Tartu_pedagoogiumi_aruanded, lk 5
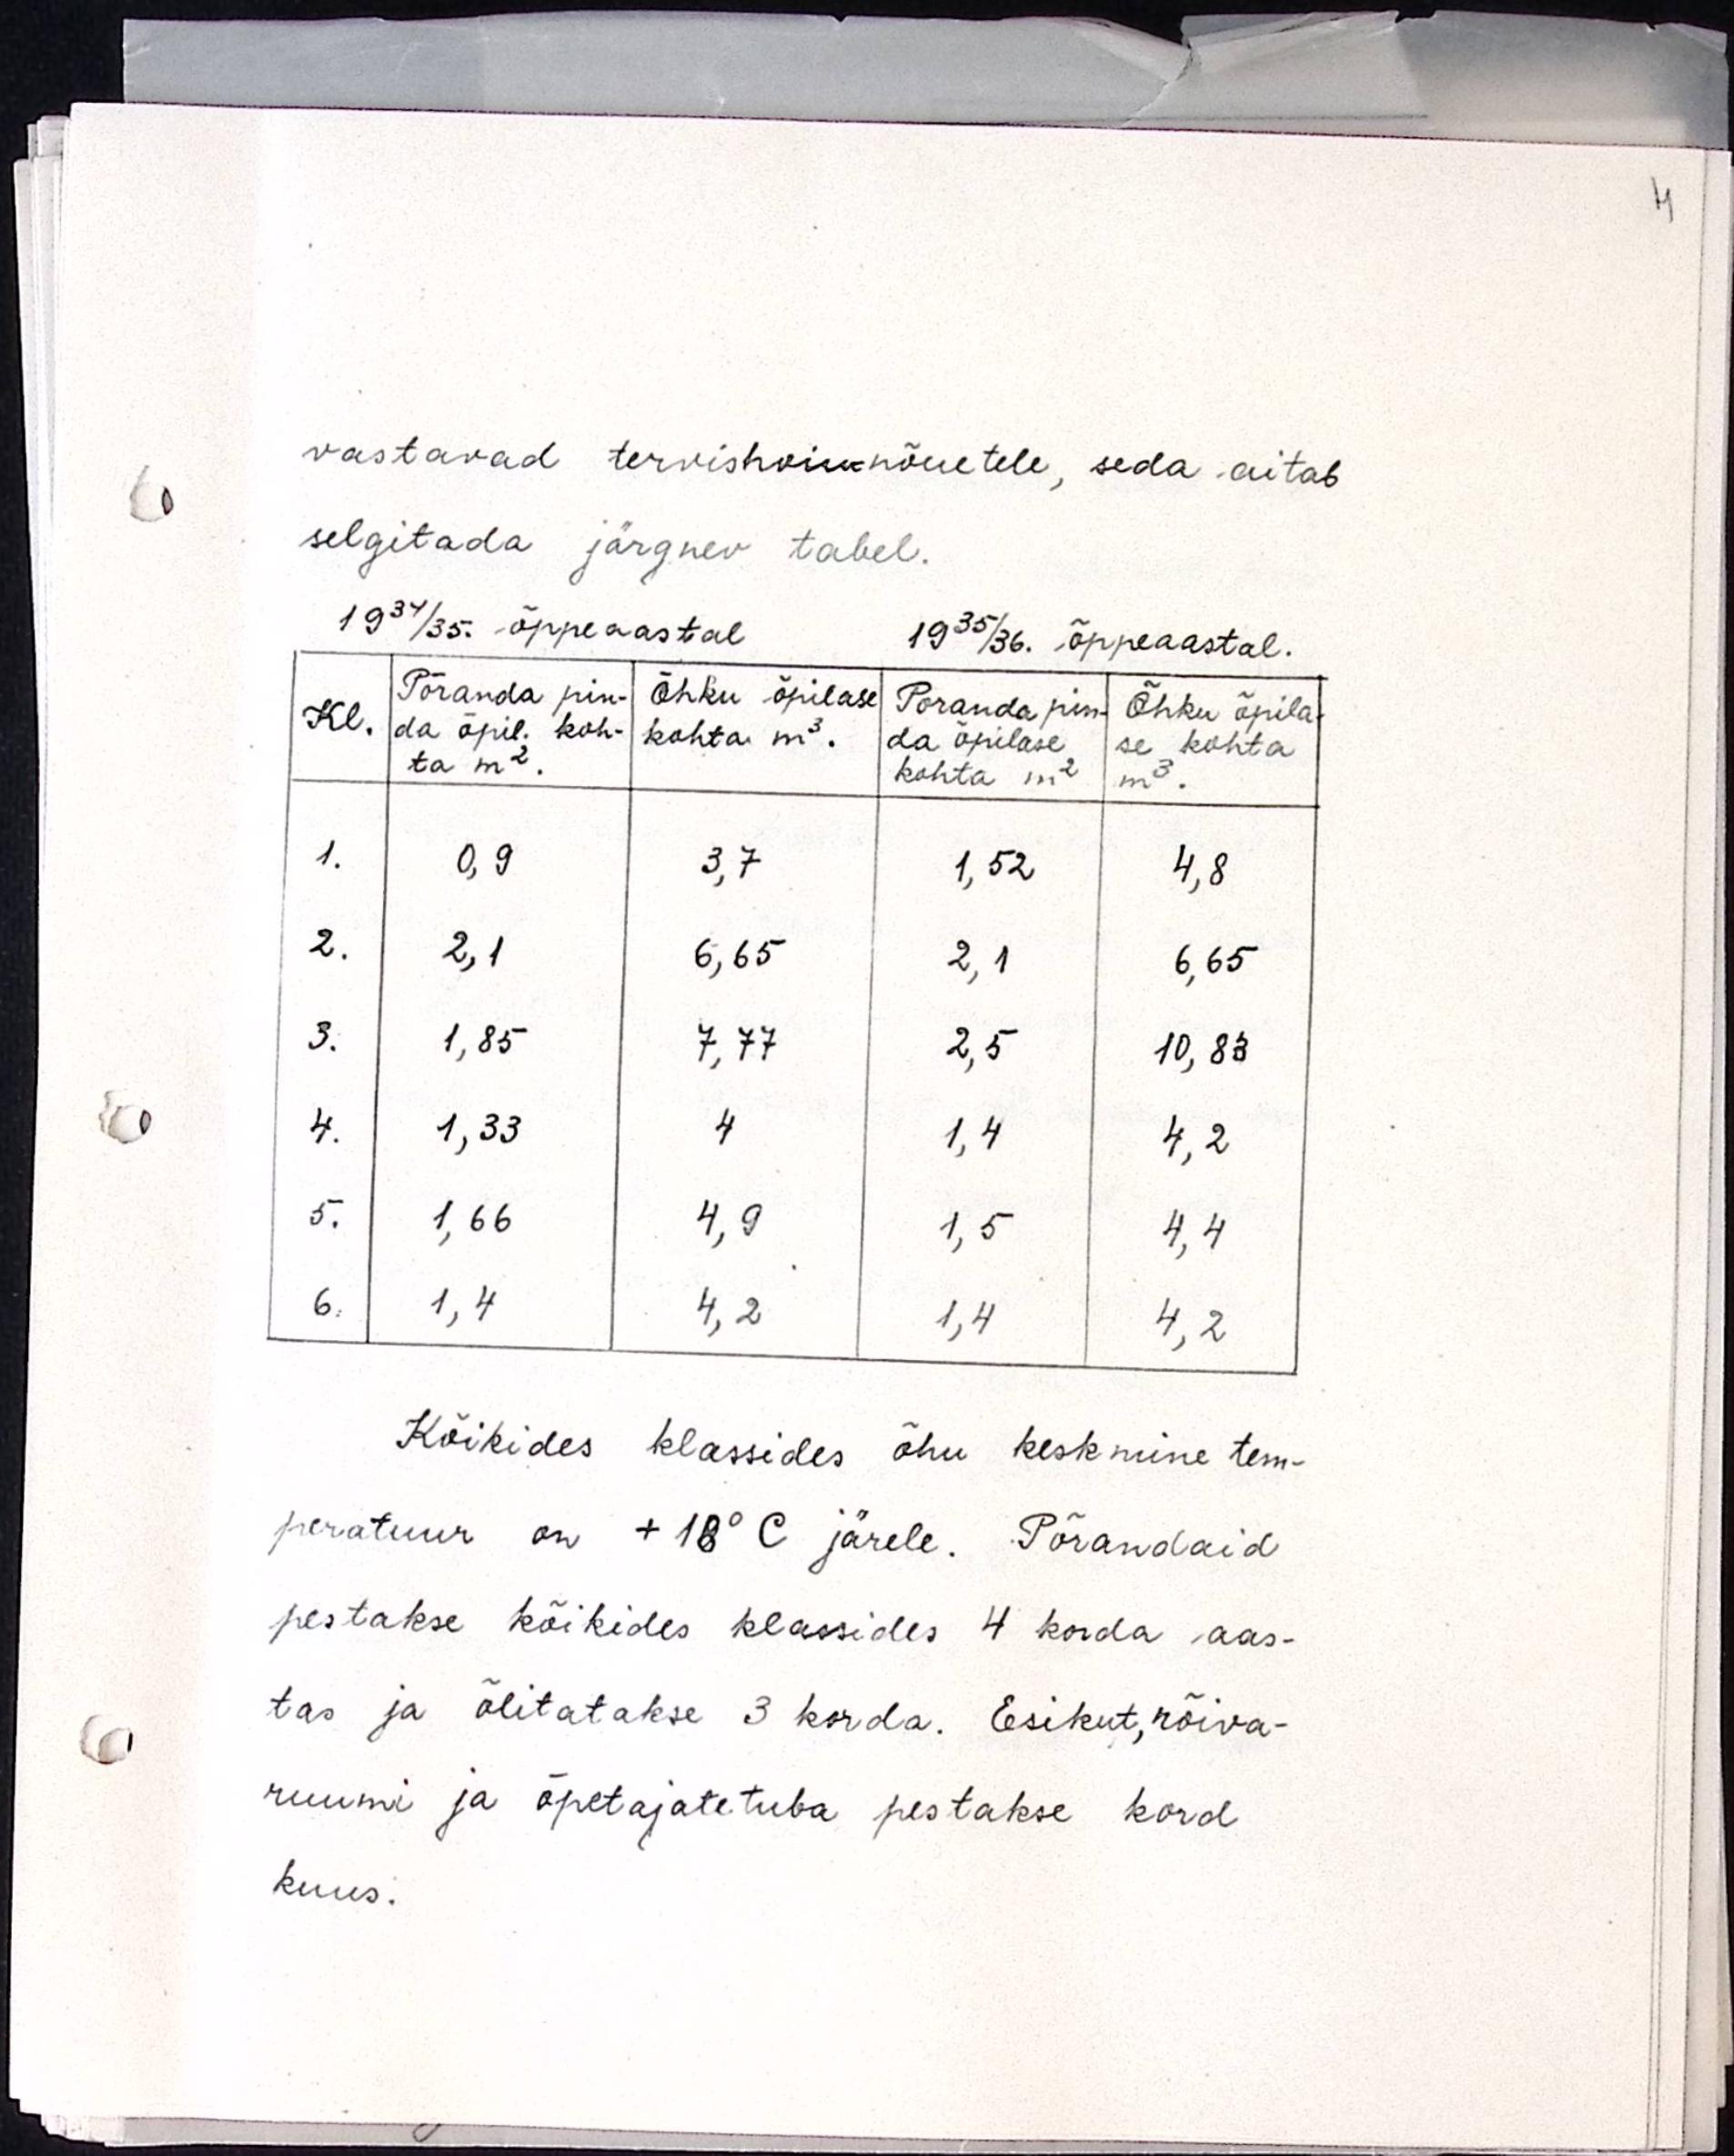
vastavad tervishoiunõuetele, seda aitab
selgitada järgnev tabel
1934/35 õppeaastal
1935/36 õppeaastal.
Kõikides klassides õhu keskmine tem-
peratuur on +18ºC järele. Põrandaid
pestakse kõikides klassides 4 korda aas-
tas ja õlitatakse 3 korda. Esikut, rõiva-
ruumi ja õpetajatetuba pestakse kord
kuus.